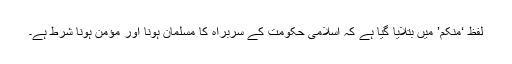
لفظ ‘منکم’ میں بتلایا گیا ہے کہ اسلامی حکومت کے سربراہ کا مسلمان ہونا اور مؤمن ہونا شرط ہے۔